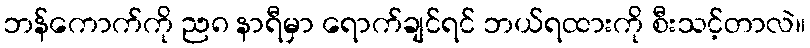
ဘန်ကောက်ကို ည၈ နာရီမှာ ရောက်ချင်ရင် ဘယ်ရထားကို စီးသင့်တာလဲ။